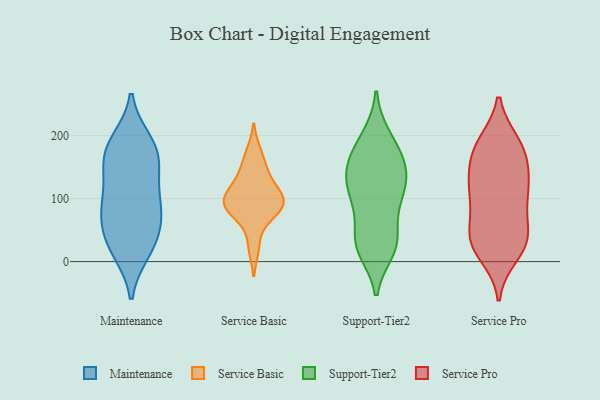
{"axis": {"x": "Revenue (USD Million)", "y": "Value"}, "legend": ["Maintenance", "Service Basic", "Service Pro", "Support-Tier2"], "data": [{"x": "", "y": 137, "type": "Maintenance"}, {"x": "", "y": 92, "type": "Maintenance"}, {"x": "", "y": 51, "type": "Maintenance"}, {"x": "", "y": 24, "type": "Maintenance"}, {"x": "", "y": 171, "type": "Maintenance"}, {"x": "", "y": 180, "type": "Maintenance"}, {"x": "", "y": 82, "type": "Maintenance"}, {"x": "", "y": 176, "type": "Maintenance"}, {"x": "", "y": 189, "type": "Maintenance"}, {"x": "", "y": 145, "type": "Maintenance"}, {"x": "", "y": 29, "type": "Maintenance"}, {"x": "", "y": 18, "type": "Maintenance"}, {"x": "", "y": 78, "type": "Maintenance"}, {"x": "", "y": 91, "type": "Maintenance"}, {"x": "", "y": 98, "type": "Service Basic"}, {"x": "", "y": 75, "type": "Service Basic"}, {"x": "", "y": 97, "type": "Service Basic"}, {"x": "", "y": 93, "type": "Service Basic"}, {"x": "", "y": 173, "type": "Service Basic"}, {"x": "", "y": 113, "type": "Service Basic"}, {"x": "", "y": 148, "type": "Service Basic"}, {"x": "", "y": 131, "type": "Service Basic"}, {"x": "", "y": 95, "type": "Service Basic"}, {"x": "", "y": 75, "type": "Service Basic"}, {"x": "", "y": 23, "type": "Service Basic"}, {"x": "", "y": 88, "type": "Support-Tier2"}, {"x": "", "y": 197, "type": "Support-Tier2"}, {"x": "", "y": 37, "type": "Support-Tier2"}, {"x": "", "y": 162, "type": "Support-Tier2"}, {"x": "", "y": 25, "type": "Support-Tier2"}, {"x": "", "y": 31, "type": "Support-Tier2"}, {"x": "", "y": 116, "type": "Support-Tier2"}, {"x": "", "y": 89, "type": "Support-Tier2"}, {"x": "", "y": 139, "type": "Support-Tier2"}, {"x": "", "y": 154, "type": "Support-Tier2"}, {"x": "", "y": 173, "type": "Support-Tier2"}, {"x": "", "y": 199, "type": "Support-Tier2"}, {"x": "", "y": 161, "type": "Support-Tier2"}, {"x": "", "y": 119, "type": "Support-Tier2"}, {"x": "", "y": 18, "type": "Support-Tier2"}, {"x": "", "y": 19, "type": "Support-Tier2"}, {"x": "", "y": 105, "type": "Support-Tier2"}, {"x": "", "y": 144, "type": "Support-Tier2"}, {"x": "", "y": 119, "type": "Support-Tier2"}, {"x": "", "y": 38, "type": "Support-Tier2"}, {"x": "", "y": 45, "type": "Service Pro"}, {"x": "", "y": 126, "type": "Service Pro"}, {"x": "", "y": 188, "type": "Service Pro"}, {"x": "", "y": 88, "type": "Service Pro"}, {"x": "", "y": 183, "type": "Service Pro"}, {"x": "", "y": 186, "type": "Service Pro"}, {"x": "", "y": 11, "type": "Service Pro"}, {"x": "", "y": 89, "type": "Service Pro"}, {"x": "", "y": 33, "type": "Service Pro"}, {"x": "", "y": 175, "type": "Service Pro"}, {"x": "", "y": 36, "type": "Service Pro"}, {"x": "", "y": 113, "type": "Service Pro"}, {"x": "", "y": 164, "type": "Service Pro"}, {"x": "", "y": 118, "type": "Service Pro"}, {"x": "", "y": 48, "type": "Service Pro"}, {"x": "", "y": 118, "type": "Service Pro"}, {"x": "", "y": 145, "type": "Service Pro"}, {"x": "", "y": 26, "type": "Service Pro"}, {"x": "", "y": 27, "type": "Service Pro"}]}